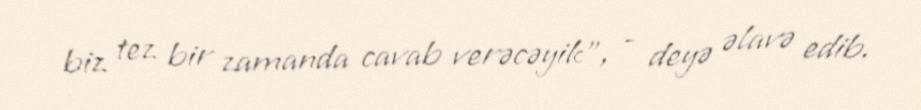
biz tez bir zamanda cavab verəcəyik”, - deyə əlavə edib.